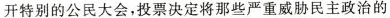
开特别的公民大会，投票决定将那些严重威胁民主政治的